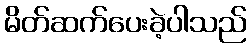
မိတ်ဆက်ပေးခဲ့ပါသည်